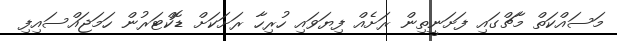
މަސައްކަތް މާޗްގައި ފަށަނީތިން ރަށެއް ފިޔަވައި ހުރިހާ ރަށަކަށް ޑޮކްޓަރުން ހަމަޖައްސައިފި